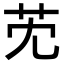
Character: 䒞